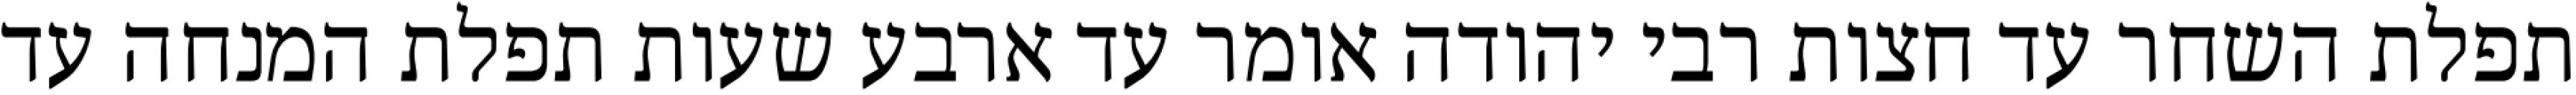
תפלת השחר עד חצות רבי יהודה אומר עד ארבע שעות תפלת המנחה עד